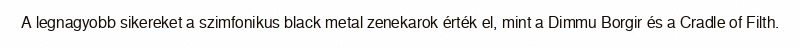
A legnagyobb sikereket a szimfonikus black metal zenekarok érték el, mint a Dimmu Borgir és a Cradle of Filth.